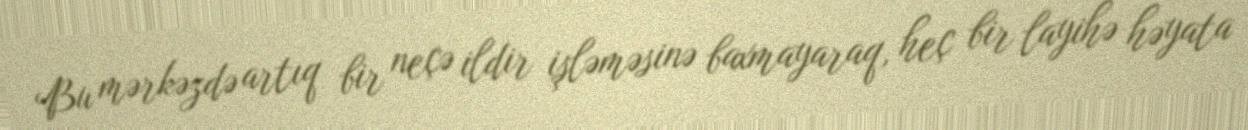
Bu mərkəzdə artıq bir neçə ildir işləməsinə baxmayaraq, heç bir layihə həyata